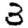
Digit: 3